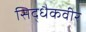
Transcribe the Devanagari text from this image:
सिद्धैकवीर